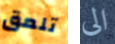
تلعق الى